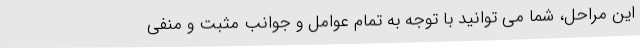
این مراحل، شما می توانید با توجه به تمام عوامل و جوانب مثبت و منفی